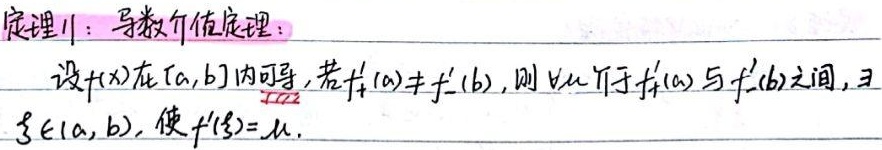
定理1：导数介值定理：设\(f(x)\)在\([a,b]\)内可导，若\(f_{+}'(a)\neq f_{-}'(b)\)，则对任意介于\(f_{+}'(a)\)与\(f_{-}'(b)\)之间的\(\mu\)，存在\(\xi\in(a,b)\)，使\(f'(\xi)=\mu\)。